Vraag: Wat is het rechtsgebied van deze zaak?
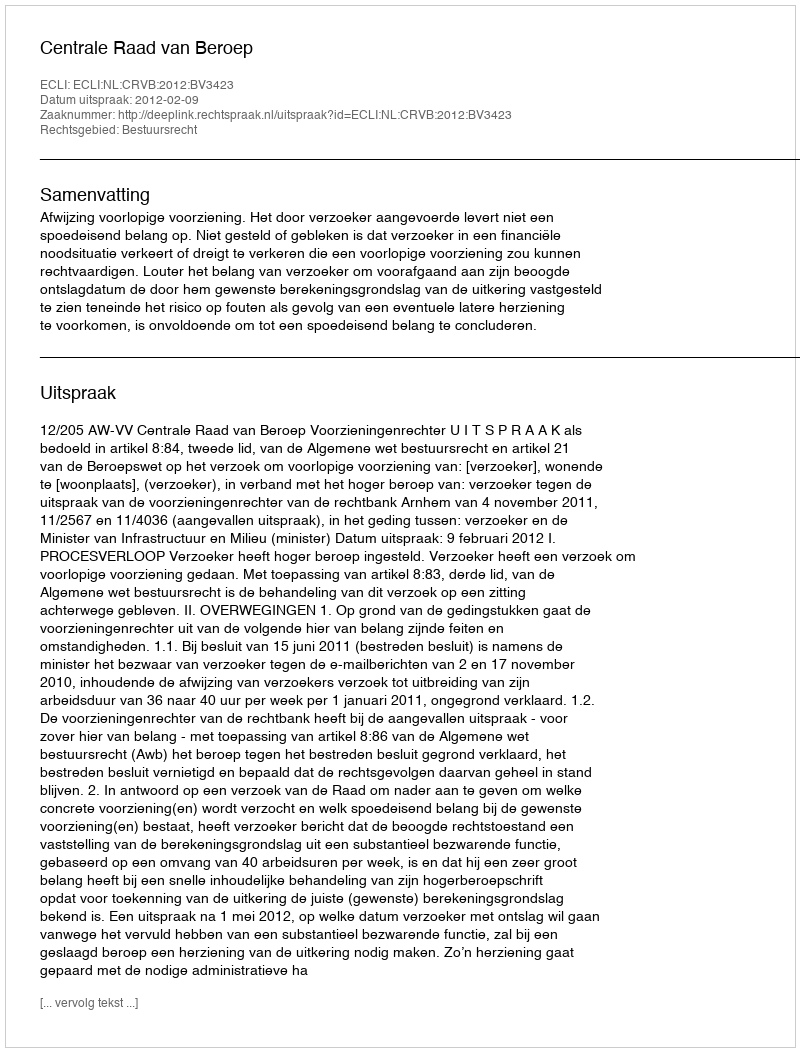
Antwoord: Bestuursrecht